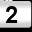
Digit: 2